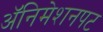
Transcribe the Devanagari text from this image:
अॅनिमेशनपट